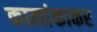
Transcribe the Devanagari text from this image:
कालांकाकर